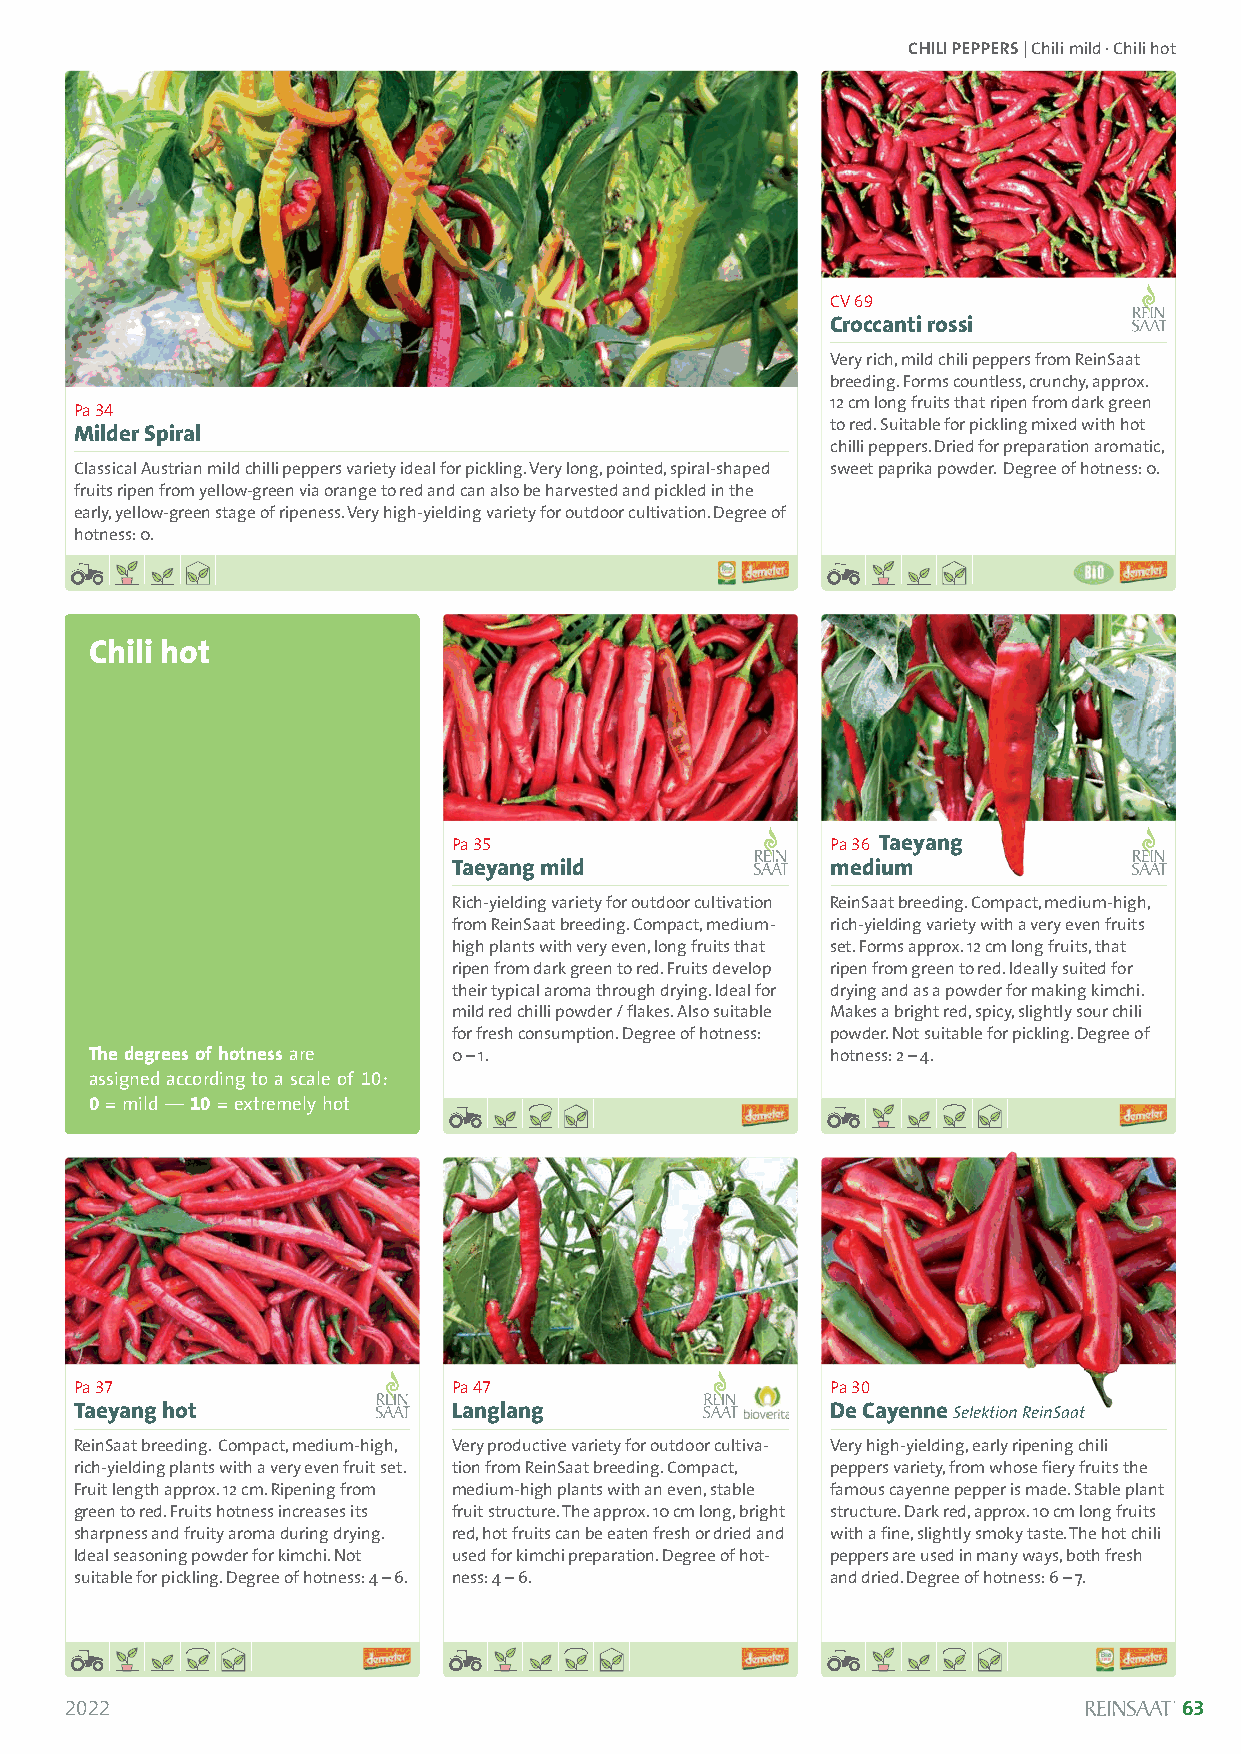
CHILI PEPPERS| Chilimild · Chili hot
 CV 69
 Croccanti rossi
 Very rich, mild chili peppers from ReinSaat
 breeding. Forms countless, crunchy, approx.
 Pa 34                                             12 cm long fruits that ripen from dark green
 Milder Spiral                                     to red. Suitable for pickling mixed with hot
 chilli peppers. Dried for preparation aromatic,
 Classical Austrian mild chilli peppers variety ideal for pickling. Very long, pointed, spiral-shaped sweet paprika powder. Degree of hotness: 0.
 fruits ripen from yellow-green via orange to red and can also be harvested and pickled in the
 early, yellow-green stage of ripeness. Very high-yielding variety for outdoor cultivation. Degree of
 hotness: 0.
 Chili hot
 Solanum lycopersicum
 Pa 35                    Pa 36 Taeyang
 Taeyang mild             medium
 Rich-yielding variety for outdoor cultivation ReinSaat breeding. Compact, medium-high,
 from ReinSaat breeding. Compact, medium- rich-yielding variety with a very even fruits
 high plants with very even, long fruits that set. Forms approx. 12 cm long fruits, that
 ripen from dark green to red. Fruits develop ripen from green to red. Ideally suited for
 their typical aroma through drying. Ideal for drying and as a powder for making kimchi.
 mild red chilli powder / flakes. Also suitable Makes a bright red, spicy, slightly sour chili
 for fresh consumption. Degree of hotness: powder. Not suitable for pickling. Degree of
 The degrees of hotness are 0 –1.                 hotness: 2 –4.
 assigned according to a scale of 10:
 0= mild — 10= extremely hot
 Pa 37                    Pa 47                    Pa 30
 Taeyang hot              Langlang                 De Cayenne Selektion ReinSaat
 ReinSaat breeding. Compact, medium-high, Very productive variety for outdoor cultiva- Very high-yielding, early ripening chili
 rich-yielding plants with a very even fruit set. tion from ReinSaat breeding. Compact, peppers variety, from whose fiery fruits the
 Fruit length approx. 12 cm. Ripening from medium-high plants with an even, stable famous cayenne pepper is made. Stable plant
 green to red. Fruits hotness increases its fruit structure. The approx. 10 cm long, bright structure. Dark red, approx. 10 cm long fruits
 sharpness and fruity aroma during drying. red, hot fruits can be eaten fresh or dried and with a fine, slightly smoky taste. The hot chili
 Ideal seasoning powder for kimchi. Not used for kimchi preparation. Degree of hot- peppers are used in many ways, both fresh
 suitable for pickling. Degree of hotness: 4 –6. ness: 4 –6. and dried. Degree of hotness: 6 –7.
 2022                                                                      63